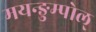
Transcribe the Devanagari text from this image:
मयन्ङुम्पोल्